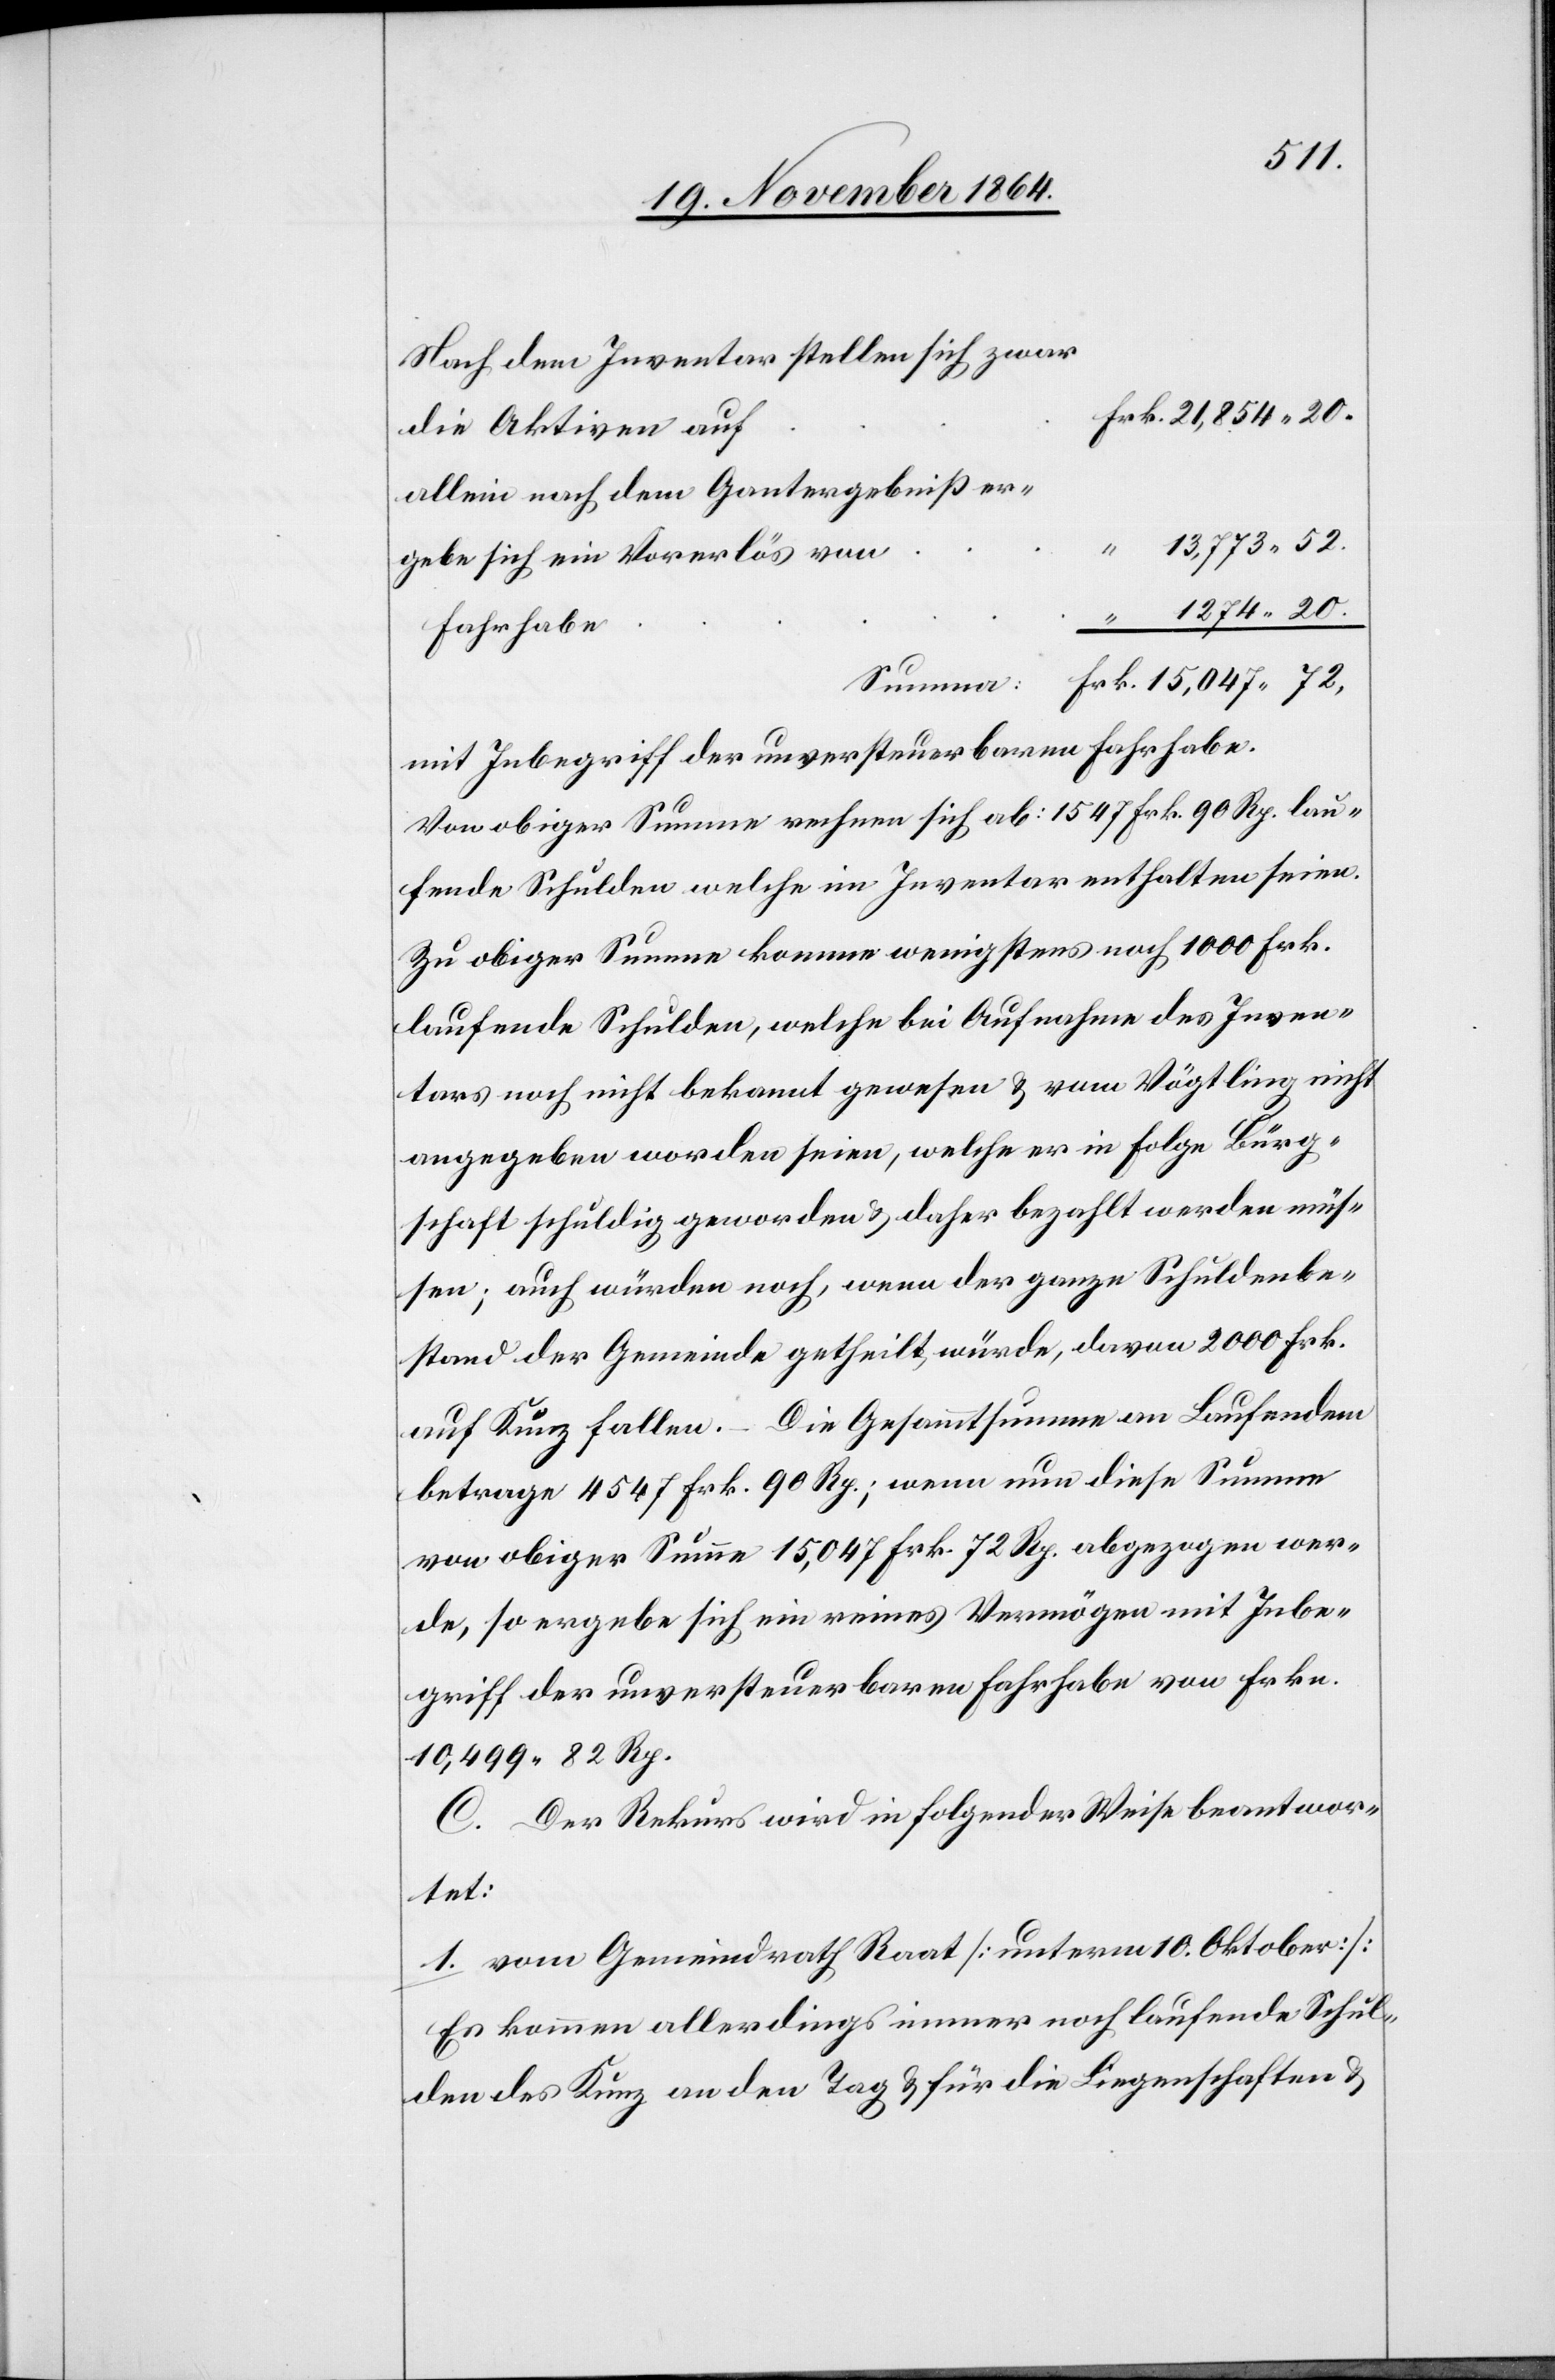
Nach dem Inventar stellen sich zwar
allein nach dem Gantergebniß er¬
13,773.52
.
gebe sich ein Vorerlös von
1274.20
Fahrhabe
mit Inbegriff der unversteuerbaren Fahrhabe.
Von obiger Summe rechnen sich ab: 1547 Frk. 90 Rp. lau¬
fende Schulden welche im Inventar enthalten seien.
Zu obiger Summe komme[n] wenigstens noch 1000 Frk.
laufende Schulden, welche bei Aufnahme des Inven¬
tars noch nicht bekannt gewesen & von Vögtlin nicht
angegeben worden seien, welche er in Folge Bürg¬
schaft schuldig geworden & daher bezahlt werden müs¬
sen; auch würden noch, wenn der ganze Schuldenbe¬
stand der Gemeinde getheilt würde, davon 2000 Frk.
auf Kunz fallen. – Die Gesammtsumme an Laufendem
de, so ergebe sich ein reines Vermögen mit Inbe¬
griff der unversteuerbaren Fahrhabe von Frkn.
10,499.82 Rp.
C. Der Rekurs wird in folgender Weise beantwor¬
tet:
1. vom Gemeindrath Raat [unterm 10. Oktober]:
Es kommen allerdings immer noch laufende Schul¬
den des Kunz an den Tag & für die Liegenschaften &